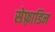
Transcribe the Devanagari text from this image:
सेफ़्राडिन